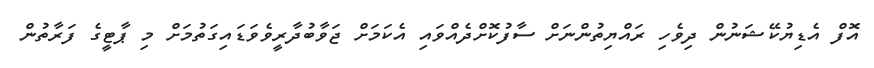
އޮފް އެޑިޔުކޭޝަނުން ދިވެހި ރައްޔިތުންނަށް ސާފުކޮށްދެއްވައި އެކަމަށް ޖަވާބުދާރީވެވަޑައިގަތުމަށް މި ޕާޓީގެ ފަރާތުން